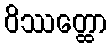
ဝိဿတ္ထော